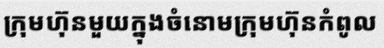
ក្រុមហ៊ុនមួយក្នុងចំនោមក្រុមហ៊ុនកំពូល